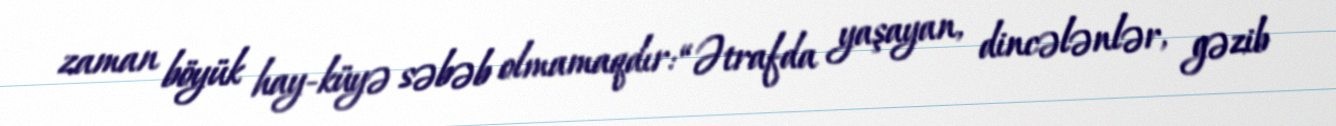
zaman böyük hay-küyə səbəb olmamaqdır: “Ətrafda yaşayan, dincələnlər, gəzib